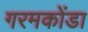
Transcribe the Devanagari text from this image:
गरमकोंडा